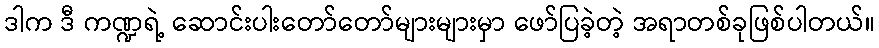
ဒါက ဒီ ကဏ္ဍရဲ့ ဆောင်းပါးတော်တော်များများမှာ ဖော်ပြခဲ့တဲ့ အရာတစ်ခုဖြစ်ပါတယ်။